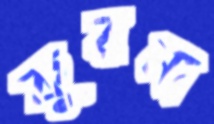
কুরনা